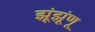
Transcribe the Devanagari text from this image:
झूंझूंणू